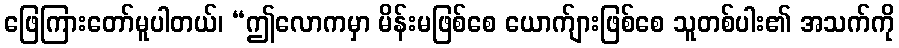
ဖြေကြားတော်မူပါတယ်၊ “ဤလောကမှာ မိန်းမဖြစ်စေ ယောက်ျားဖြစ်စေ သူတစ်ပါး၏ အသက်ကို